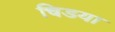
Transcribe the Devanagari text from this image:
चिडया